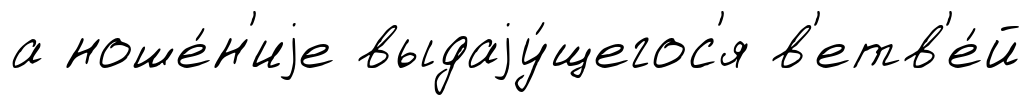
а ноше́н'иjе выдаjу́щегос'я в'етв'е́й